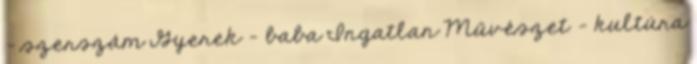
- szerszám Gyerek - baba Ingatlan Művészet - kultúra